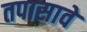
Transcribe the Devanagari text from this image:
तपासावे